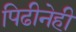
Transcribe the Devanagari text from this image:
पिढीनेही